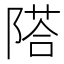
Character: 𨻇